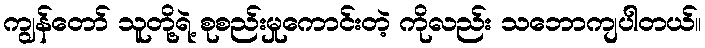
ကျွန်တော် သူတို့ရဲ့ စုစည်းမှုကောင်းတဲ့ ကိုလည်း သဘောကျပါတယ်။